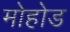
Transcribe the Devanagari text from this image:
मोहोड